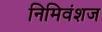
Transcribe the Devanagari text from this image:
निमिवंशज